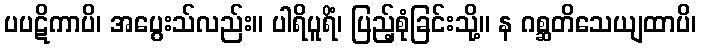
ပပဋိကာပိ၊ အပွေးသ်လည်း။ ပါရိပူရိံ၊ ပြည့်စုံခြင်းသို့။ န ဂစ္ဆတိသေယျထာပိ၊